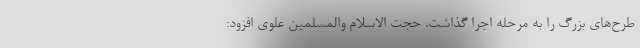
طرح‌های بزرگ را به مرحله اجرا گذاشت. حجت الاسلام والمسلمین علوی افزود: